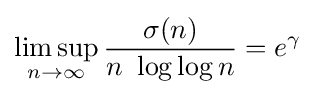
\limsup _{n\rightarrow \infty }{\frac {\sigma (n)}{n\ \log \log n}}=e^{\gamma }